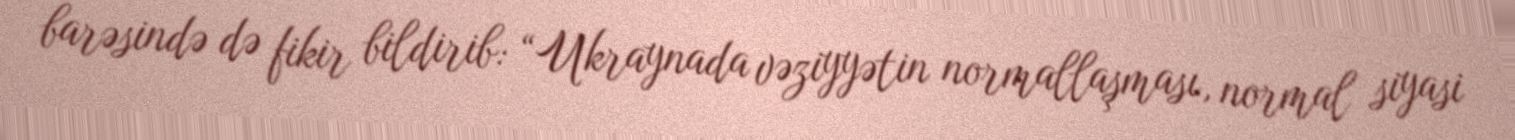
barəsində də fikir bildirib: “Ukraynada vəziyyətin normallaşması, normal siyasi